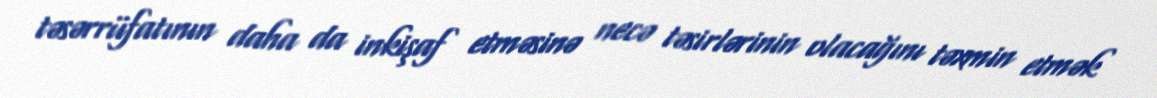
təsərrüfatının daha da inkişaf etməsinə necə təsirlərinin olacağını təxmin etmək